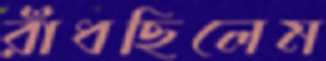
রাঁধছিলেম